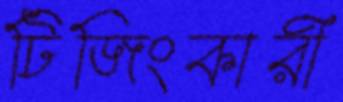
টিজিংকারী